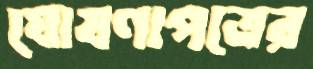
ঘোষণাপত্রের